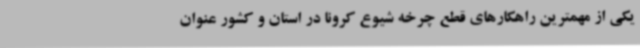
یکی از مهمترین راهکارهای قطع چرخه شیوع کرونا در استان و کشور عنوان